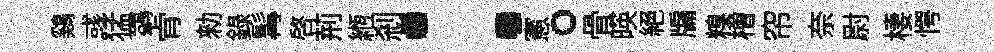
鷄彧猛鷁肻勑錄髯啓荊縆刹：憲。骨暎絕牖糗檜帘奈尉棲愕